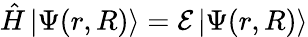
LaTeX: \hat{H}\, |\Psi(r,R)\rangle=\mathcal{E}\, |\Psi(r,R)\rangle